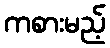
ကစားမည့်